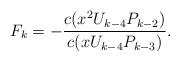
LaTeX: \begin{align*}F_k=-\frac{c(x^2U_{k-4}P_{k-2})}{c(xU_{k-4}P_{k-3})}.\end{align*}